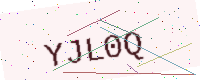
Text: YJL0Q